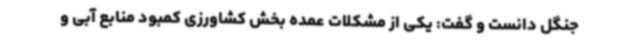
جنگل دانست و گفت: یکی از مشکلات عمده بخش کشاورزی کمبود منابع آبی و